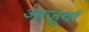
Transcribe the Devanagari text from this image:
आजु़र्दा